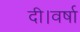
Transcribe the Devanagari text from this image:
दी।वर्षा